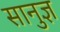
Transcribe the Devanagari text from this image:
सानुज्ञ